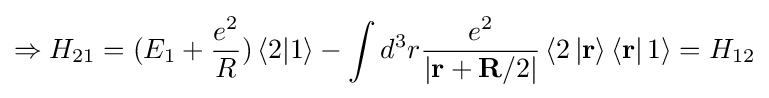
\Rightarrow {{H}_{21}}=({{E}_{1}}+{\frac {{e}^{2}}{R}})\left\langle 2|1\right\rangle -\int {{{d}^{3}}r}{\frac {{e}^{2}}{\left|\mathbf {r} +\mathbf {R} /2\right|}}\left\langle 2\left|\mathbf {r} \right\rangle \left\langle \mathbf {r} \right|1\right\rangle ={{H}_{12}}